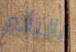
بالتأثير